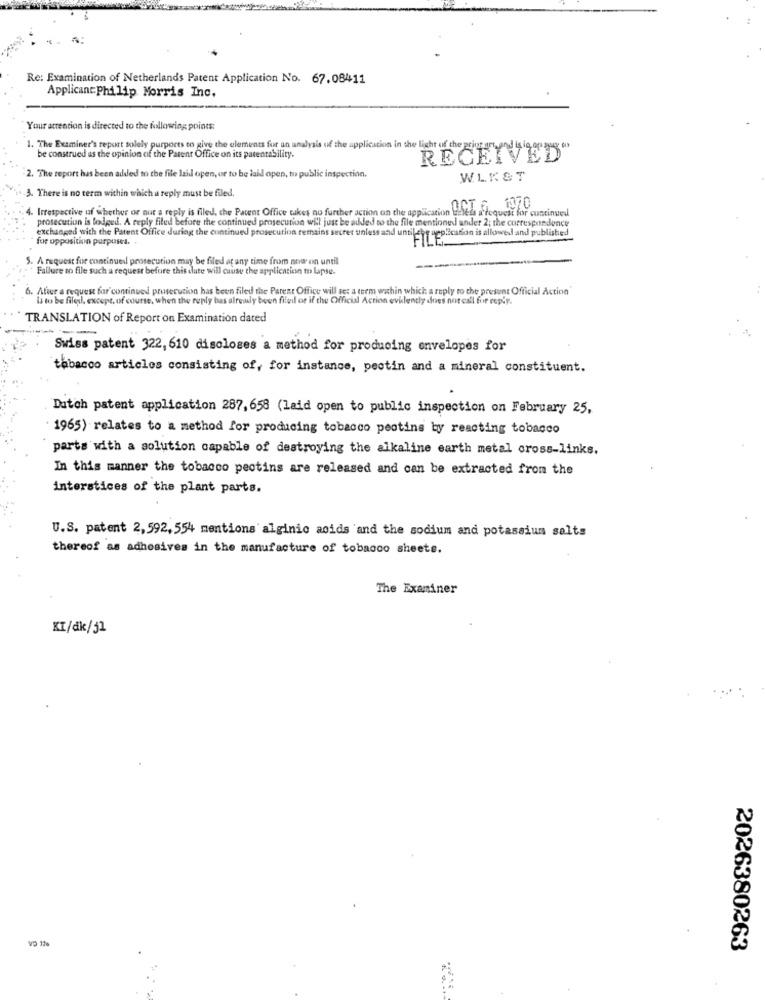
Re: Examination of Netherlands Patent Application No. 67.08411
Applicant: Philip Morris Inc.
Your attention is directed to the following points:
1. The Examiner's report solely purports to give the elements for an analysis of the application in the light of the ED
be construed as the opinion of the Patent Office on its parentability.
2. The report has been added to the file laid open, or to be laid open, to public inspection.
WLR&T
-3. There is no term within which a reply must be filed.
4. Irrespective of whether or not a reply is filed, the Patent Office takes no further action on the application UNA Gran 1/ C
prosecution is lodged. A reply filed before the continued prosecution will just be added to the file mentioned ander 2; the correspondence
for opposition purposes.
exchanged with the Patent Office during the continued prosecution remains secret unless and untilebg application is allowed and published
. A request for continued prosecution may be filed at any time from now on until
Failure to file such a request before this date will cause the application to Lapse.
6. After a request for continued prosecution has been filed the Parent Office will set a tem within which a reply to the present Official Action'
& to be filed, except. of course, when the reply bas already been filed or if the Official Action evidently does not call for reply.
TRANSLATION of Report on Examination dated
Swiss patent 322, 610 discloses a method for producing envelopes for
tabacco articles consisting of, for instance, pectin and a mineral constituent.
Dutch patent application 287, 658 (laid open to public inspection on February 25,
. 1965) relates to a method for producing tobacco peotins by reacting tobacco
parts with a solution capable of destroying the alkaline earth metal cross-links.
In this manner the tobacco pectins are released and can be extracted from the
interstices of the plant parts.
U.S. patent 2, 592, 554 mentions alginic acids 'and the sodium and potassium salts
thereof as adhesives in the manufacture of tobacco sheets.
The Examiner
KT/dk/j2
VO 12%
2026380263